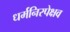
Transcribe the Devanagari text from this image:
धर्मनिरपेक्षव